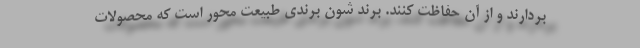
بردارند و از آن حفاظت کنند. برند شون برندی طبیعت محور است که محصولات